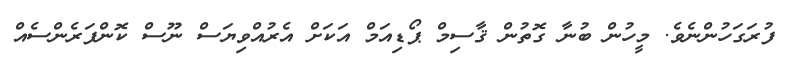
ފުރަގަހުންނެވެ. މީހުން ބުނާ ގޮތުން ޤާސިމް ޕޯޑިއަމް އަކަށް އެރުއްވިޔަސް ނޫސް ކޮންފަރެންސެއް